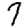
Digit: 7